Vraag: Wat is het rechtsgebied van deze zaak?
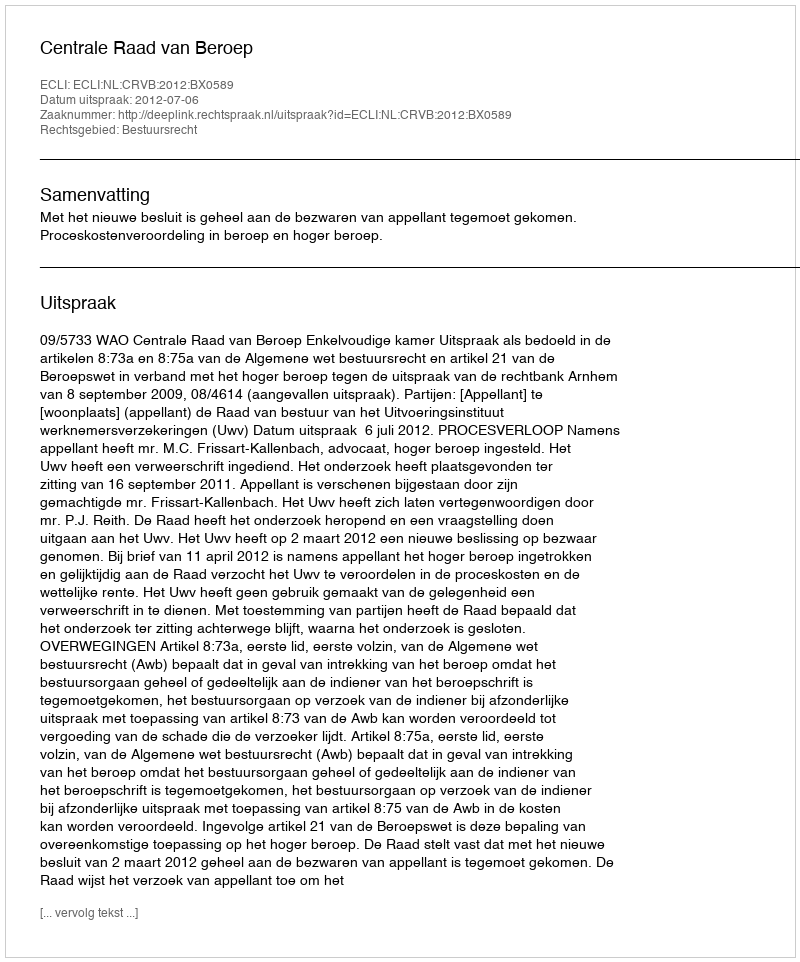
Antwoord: Bestuursrecht